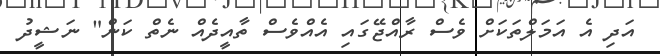
އަދި އެ އަމަލްތަކަށް ވެސް ރާއްޖޭގައި އެއްވެސް ތާއީދެއް ނެތް ކަން" ނަޝީދު